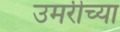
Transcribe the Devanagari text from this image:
उमरीच्या